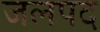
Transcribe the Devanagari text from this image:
जलपद